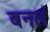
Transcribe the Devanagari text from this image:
बनलं